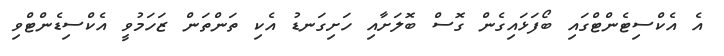
އެ އެކްސިޓެންޓްގައި ބޯފަޅައިގެން ގޮސް ބޮލަށާއި ހަށިގަނޑު އެކި ތަންތަން ޒަހަމުވީ އެކްސިޑެންޓްވި